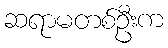
ဆရာမတစ်ဦးက